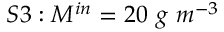
S 3 : M ^ { i n } = 2 0 \ g \ m ^ { - 3 }